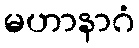
မဟာနာဂံ